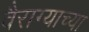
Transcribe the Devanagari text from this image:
वैराग्याच्या